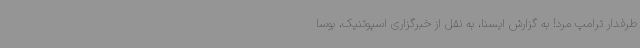
طرفدار ترامپ مرد! به گزارش ایسنا، به نقل از خبرگزاری اسپوتنیک، بوسا